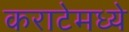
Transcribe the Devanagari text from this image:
कराटेमध्ये